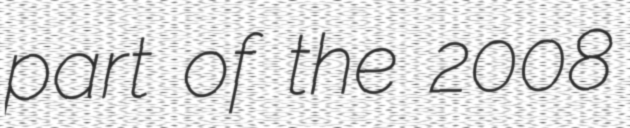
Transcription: part of the 2008